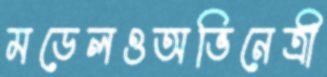
মডেলওঅভিনেত্রী